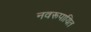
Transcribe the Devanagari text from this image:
नवरूपायित